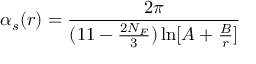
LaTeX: \alpha _ { s } ( r ) = \frac { 2 \pi } { ( 1 1 - \frac { 2 N _ { F } } { 3 } ) \ln [ A + \frac { B } { r } ] }